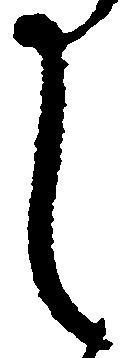
し